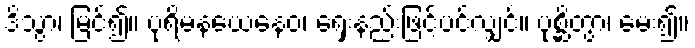
ဒိသွာ၊ မြင်၍။ ပုရိမနယေနေဝ၊ ရှေးနည်းဖြင့်ပင်လျှင်။ ပုစ္ဆိတွာ၊ မေး၍။